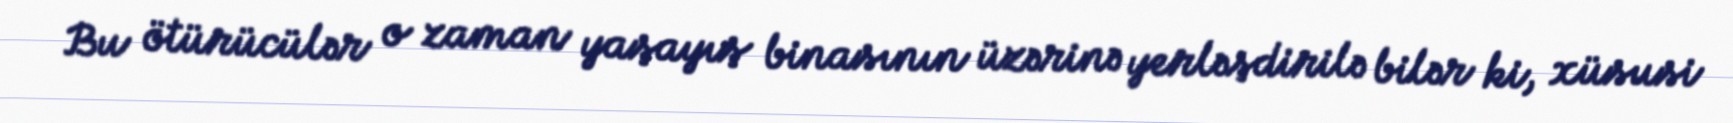
Bu ötürücülər o zaman yaşayış binasının üzərinə yerləşdirilə bilər ki, xüsusi